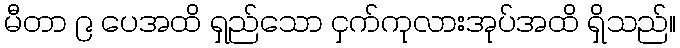
မီတာ ၉ ပေအထိ ရှည်သော ငှက်ကုလားအုပ်အထိ ရှိသည်။